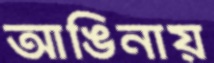
আঙিনায়